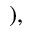
) ,